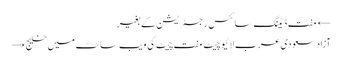
← مفت ڈیٹنگ سائٹس رجسٹریشن کے بغیر
آزاد سعودی عرب لائیو چیٹ مفت چیٹ کی ویب سائٹ میں خلیج →